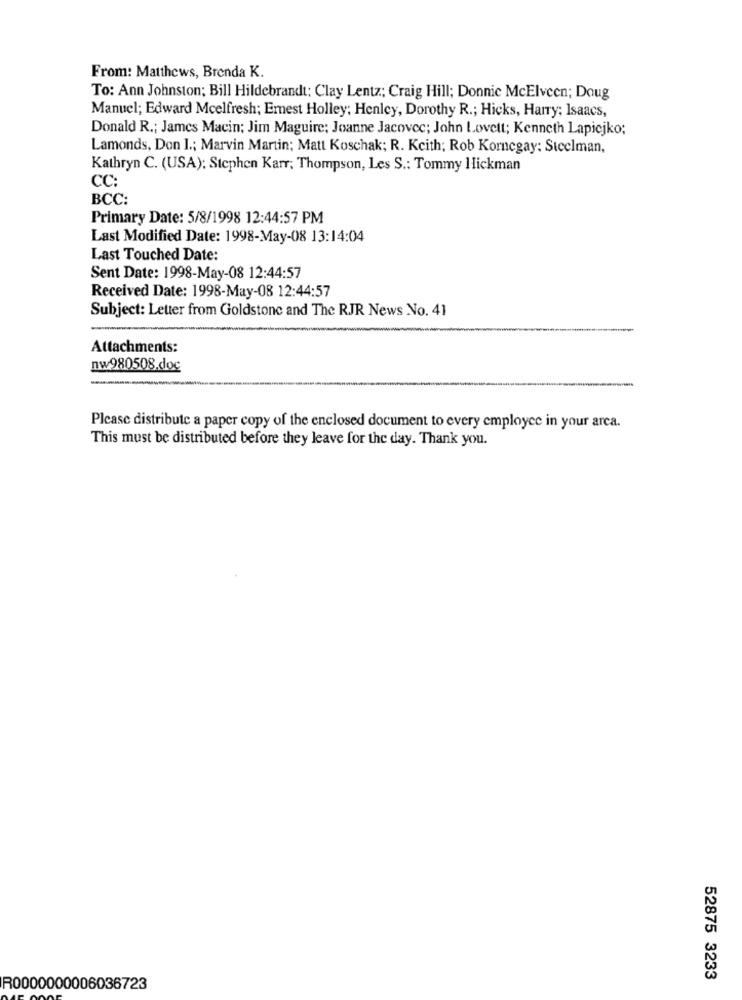
From: Matthews, Brenda K.
To: Ann Johnston; Bill Hildebrandt: Clay Lentz; Craig Hill; Donnic McElveen; Doug
Manuel; Edward Mcelfresh; Ernest Holley; Henley, Dorothy R .; Hicks, Harry; Isaacs,
Donald R .; James Macin; Jim Maguire; Joanne Jacovec; John Lovett; Kenneth Lapicjko;
Lamonds, Don 1 .; Marvin Martin; Matt Koschak; R. Kcith; Rob Kornegay: Steelman,
Kathryn C. (USA): Stephen Karr; Thompson, Les S .: Tommy Ilickman
CC:
BCC:
Primary Date: 5/8/1998 12:44:57 PM
Last Modified Date: 1998-May-08 13:14:04
Last Touched Date:
Sent Date: 1998-May-08 12:44:57
Received Date: 1998-May-08 12:44:57
Subject: Letter from Goldstone and The RJR News No. 41
Attachments:
nw980508.doc
-
Please distribute a paper copy of the enclosed document to every employee in your area.
This must be distributed before they leave for the day. Thank you.
52875 3233
R0000000006036723